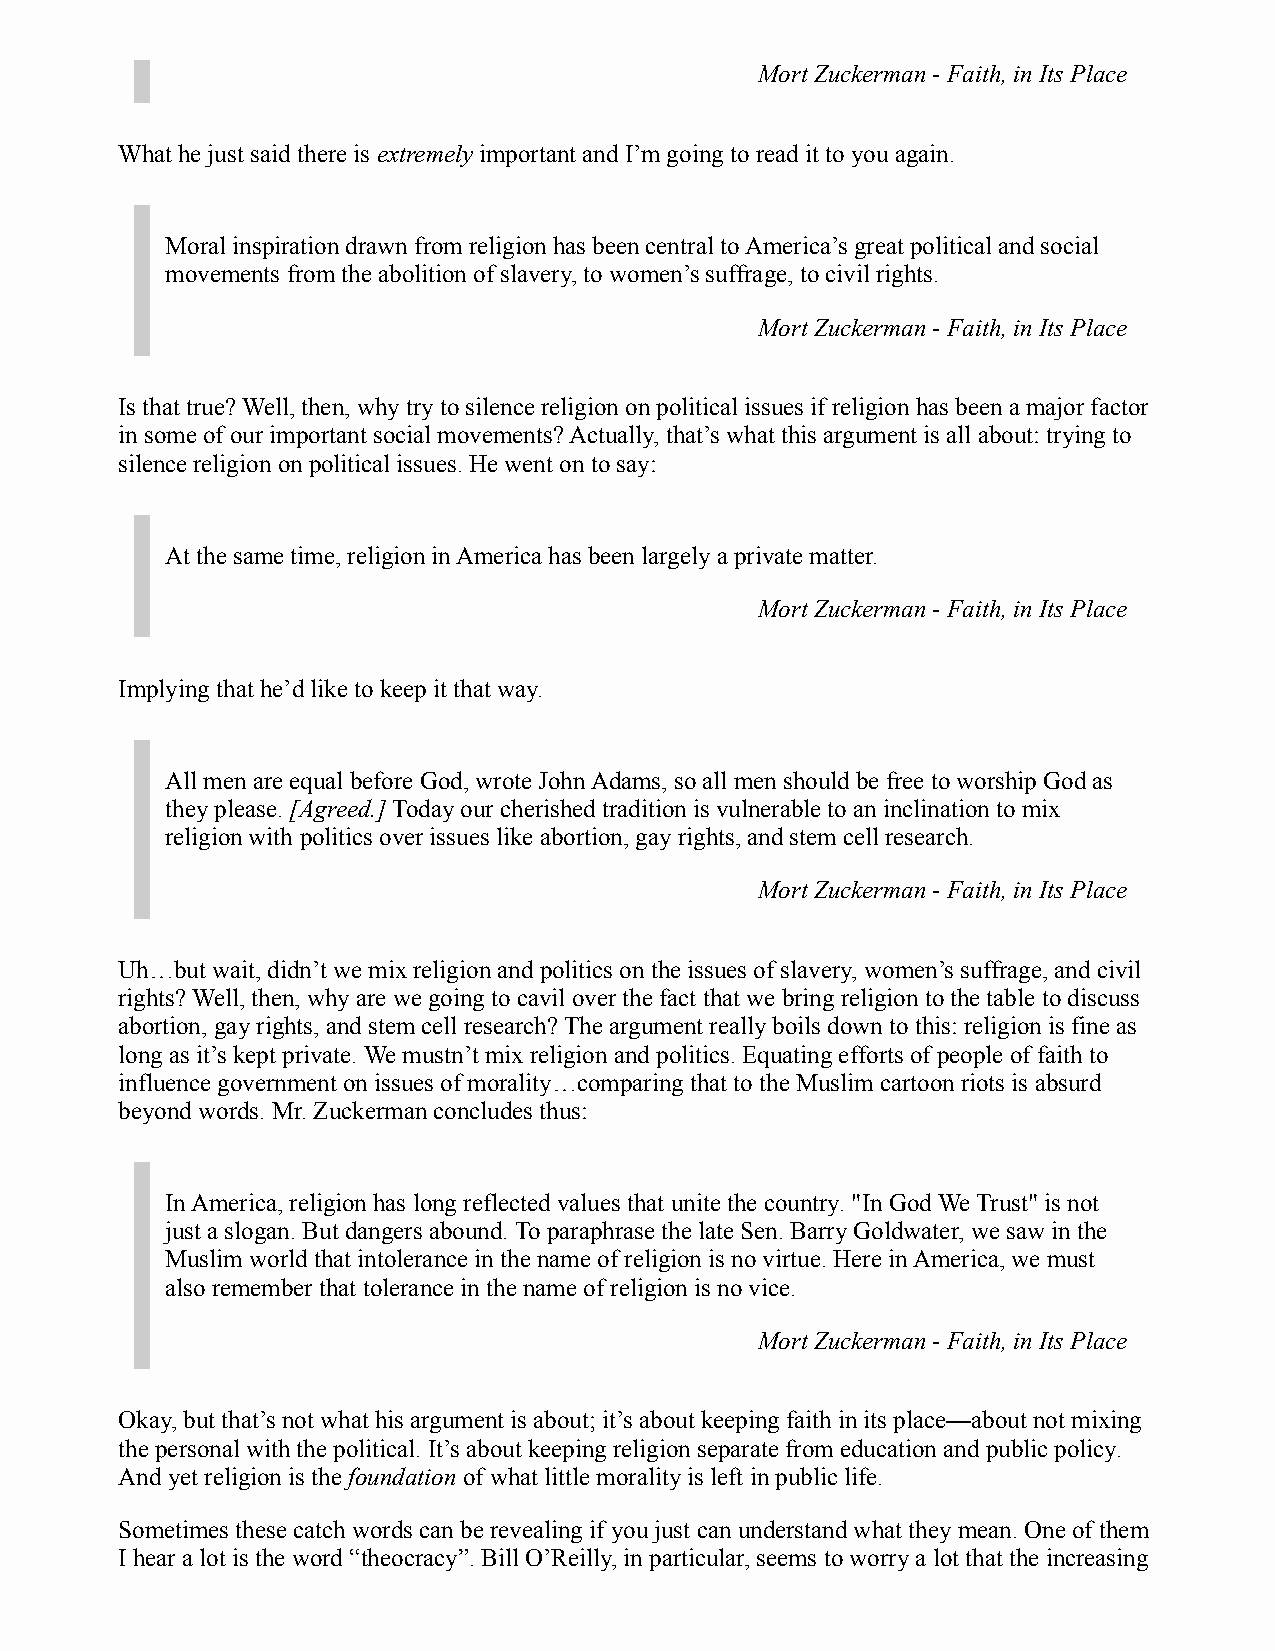
Mort Zuckerman - Faith, in Its Place
 What he just said there is extremely important and I’m going to read it to you again.
 Moral inspiration drawn from religion has been central to America’s great political and social
 movements from the abolition of slavery, to women’s suffrage, to civil rights.
 Mort Zuckerman - Faith, in Its Place
 Is that true? Well, then, why try to silence religion on political issues if religion has been a major factor
 in some of our important social movements? Actually, that’s what this argument is all about: trying to
 silence religion on political issues. He went on to say:
 At the same time, religion in America has been largely a private matter.
 Mort Zuckerman - Faith, in Its Place
 Implying that he’d like to keep it that way.
 All men are equal before God, wrote John Adams, so all men should be free to worship God as
 they please. [Agreed.] Today our cherished tradition is vulnerable to an inclination to mix
 religion with politics over issues like abortion, gay rights, and stem cell research.
 Mort Zuckerman - Faith, in Its Place
 Uh…but wait, didn’t we mix religion and politics on the issues of slavery, women’s suffrage, and civil
 rights? Well, then, why are we going to cavil over the fact that we bring religion to the table to discuss
 abortion, gay rights, and stem cell research? The argument really boils down to this: religion is fine as
 long as it’s kept private. We mustn’t mix religion and politics. Equating efforts of people of faith to
 influence government on issues of morality…comparing that to the Muslim cartoon riots is absurd
 beyond words. Mr. Zuckerman concludes thus:
 In America, religion has long reflected values that unite the country. "In God We Trust" is not
 just a slogan. But dangers abound. To paraphrase the late Sen. Barry Goldwater, we saw in the
 Muslim world that intolerance in the name of religion is no virtue. Here in America, we must
 also remember that tolerance in the name of religion is no vice.
 Mort Zuckerman - Faith, in Its Place
 Okay, but that’s not what his argument is about; it’s about keeping faith in its place—about not mixing
 the personal with the political. It’s about keeping religion separate from education and public policy.
 And yet religion is the foundation of what little morality is left in public life.
 Sometimes these catch words can be revealing if you just can understand what they mean. One of them
 I hear a lot is the word “theocracy”. Bill O’Reilly, in particular, seems to worry a lot that the increasing